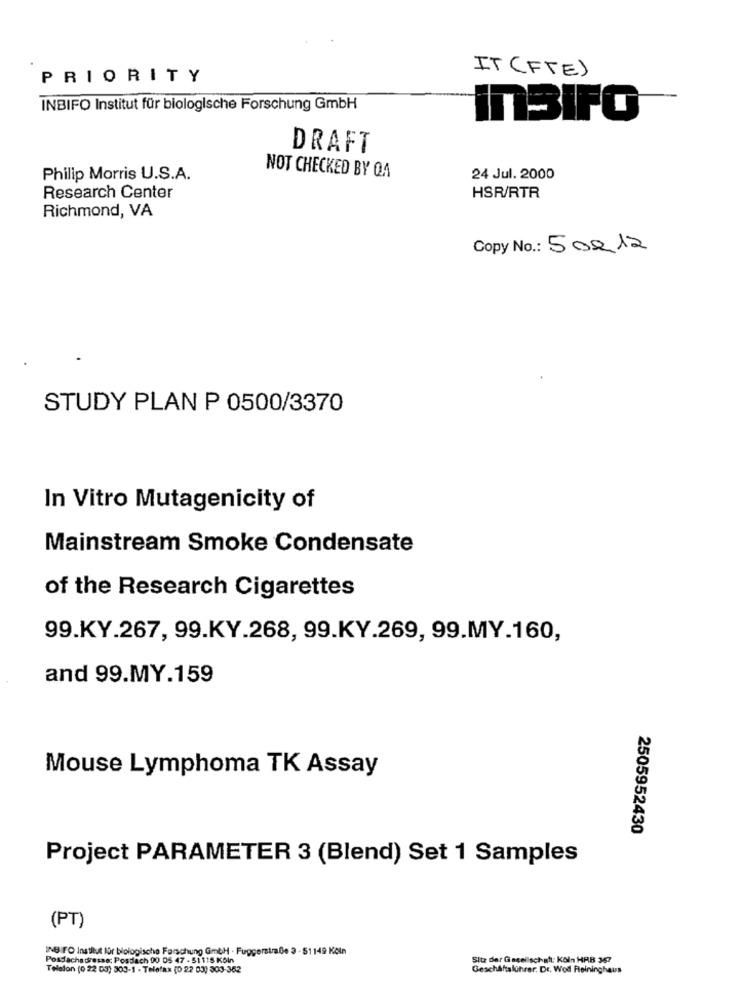
IT (FTE)
PRIORITY
INBIFO Institut für biologische Forschung GmbH
inBIFO
DRAFT
Philip Morris U.S.A.
NOT CHECKED BY QA
24 Jul. 2000
Research Center
HSR/RTR
Richmond, VA
Copy No .: 502 12
STUDY PLAN P 0500/3370
In Vitro Mutagenicity of
Mainstream Smoke Condensate
of the Research Cigarettes
99.KY.267, 99.KY.268, 99.KY.269, 99.MY.160,
and 99.MY.159
Mouse Lymphoma TK Assay
2505952430
Project PARAMETER 3 (Blend) Set 1 Samples
(PT)
INBIFO Institut für biologische Forschung GmbH · Fuggerstraße 3 - 51149 Köln
Postfachadresse: Posdach 90 DS 47 - 51115 KBIn
Sitz der Gesellschaft: Köln HAB 367
Telefon (0 22 03) 303-1 - Telefax (0 22 03) 303-362
Geschäftsführer. Dr. Wod Reininghaus